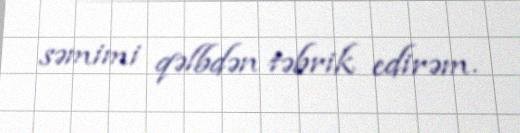
səmimi qəlbdən təbrik edirəm.